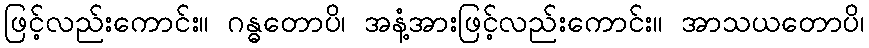
ဖြင့်လည်းကောင်း။ ဂန္ဓတောပိ၊ အနံ့အားဖြင့်လည်းကောင်း။ အာသယတောပိ၊